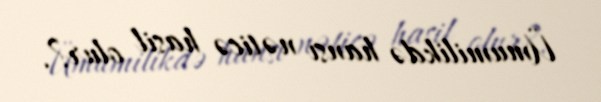
Ümumilikdə hansı nəticə hasil olur?.